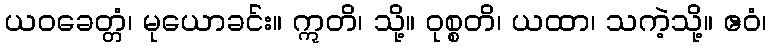
ယဝခေတ္တံ၊ မုယောခင်း။ ဣတိ၊ သို့။ ဝုစ္စတိ၊ ယထာ၊ သကဲ့သို့။ ဧဝံ၊